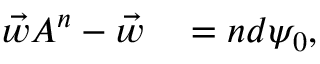
\begin{array} { r l } { \vec { w } A ^ { n } - \vec { w } } & { { } = n d \psi _ { 0 } , } \end{array}